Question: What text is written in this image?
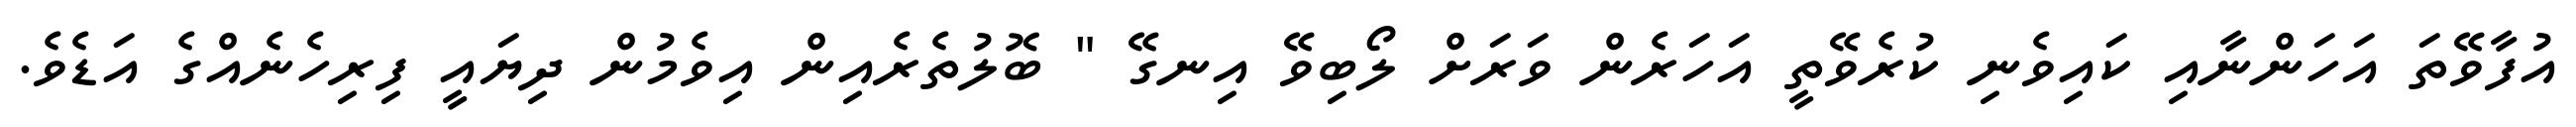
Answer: އުފާވޭތަ އަހަންނާއި ކައިވެނި ކުރެވޭތީ އަހަރެން ވަރަށް ލޯބިވޭ އިނގޭ " ބޮލުތެރެއިން އިވެމުން ދިޔައީ ފިރިހެނެއްގެ އަޑެވެ.